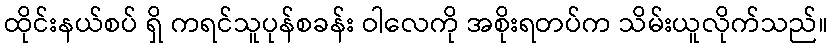
ထိုင်းနယ်စပ် ရှိ ကရင်သူပုန်စခန်း ဝါလေကို အစိုးရတပ်က သိမ်းယူလိုက်သည်။